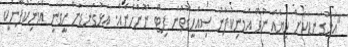
"އަޅުގަނޑަކަށް ހިޔެއް ނުވޭ އެމަނިކުފާނު ސިއްހީގޮތުން ފިޓް ނޫންހެނެއް. އަޅުގަނޑަށް ހީވަނީ އެމަނިކުފާނަކީ